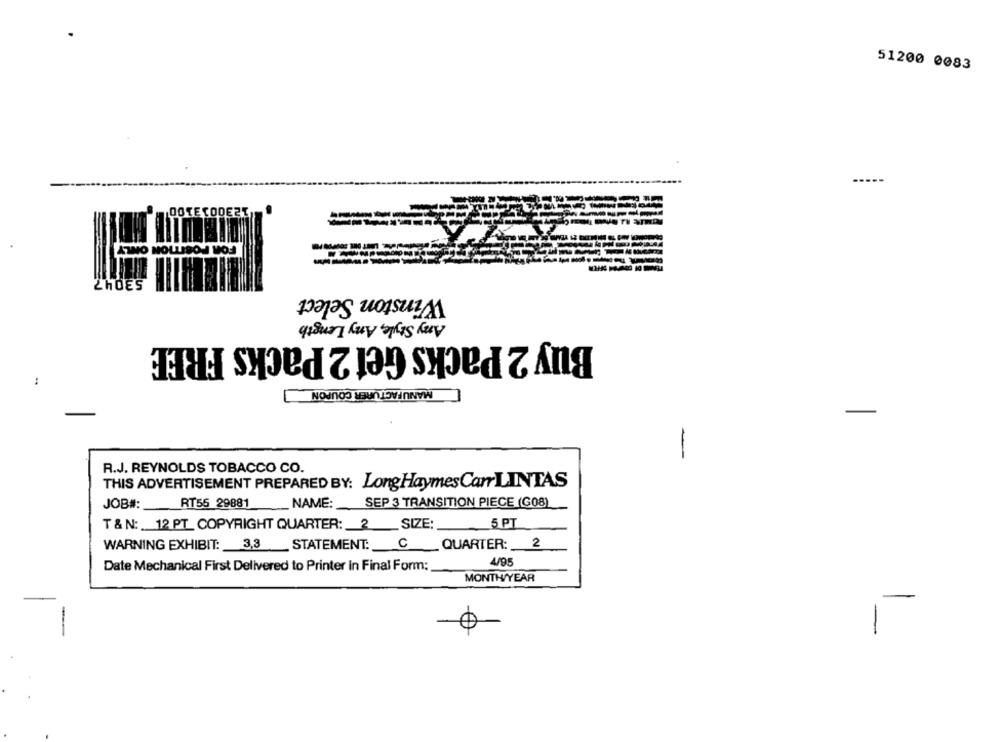
51200 0083
DOTE
¿HOES
Winston Select
Any Style, Any Length
Buy 2 Packs Get 2 Packs FREE
:
MANUFACTURER COUPON
-
R.J. REYNOLDS TOBACCO CO.
THIS ADVERTISEMENT PREPARED BY: LongHaymesCarLINTAS
RT55 29881
NAME:
SEP 3 TRANSITION PIECE (GO8)
JOB#:
T & N: 12 PT COPYRIGHT QUARTER: 2 SIZE:
5 PT
WARNING EXHIBIT: 3,3 STATEMENT: C QUARTER: 2
4/95
Date Mechanical First Delivered to Printer in Final Form:
MONTH/YEAR
0
-